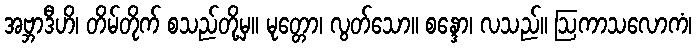
အဗ္ဘာဒီဟိ၊ တိမ်တိုက် စသည်တို့မှ။ မုတ္တော၊ လွတ်သော။ စန္ဒော၊ လသည်။ ဩကာသလောကံ၊